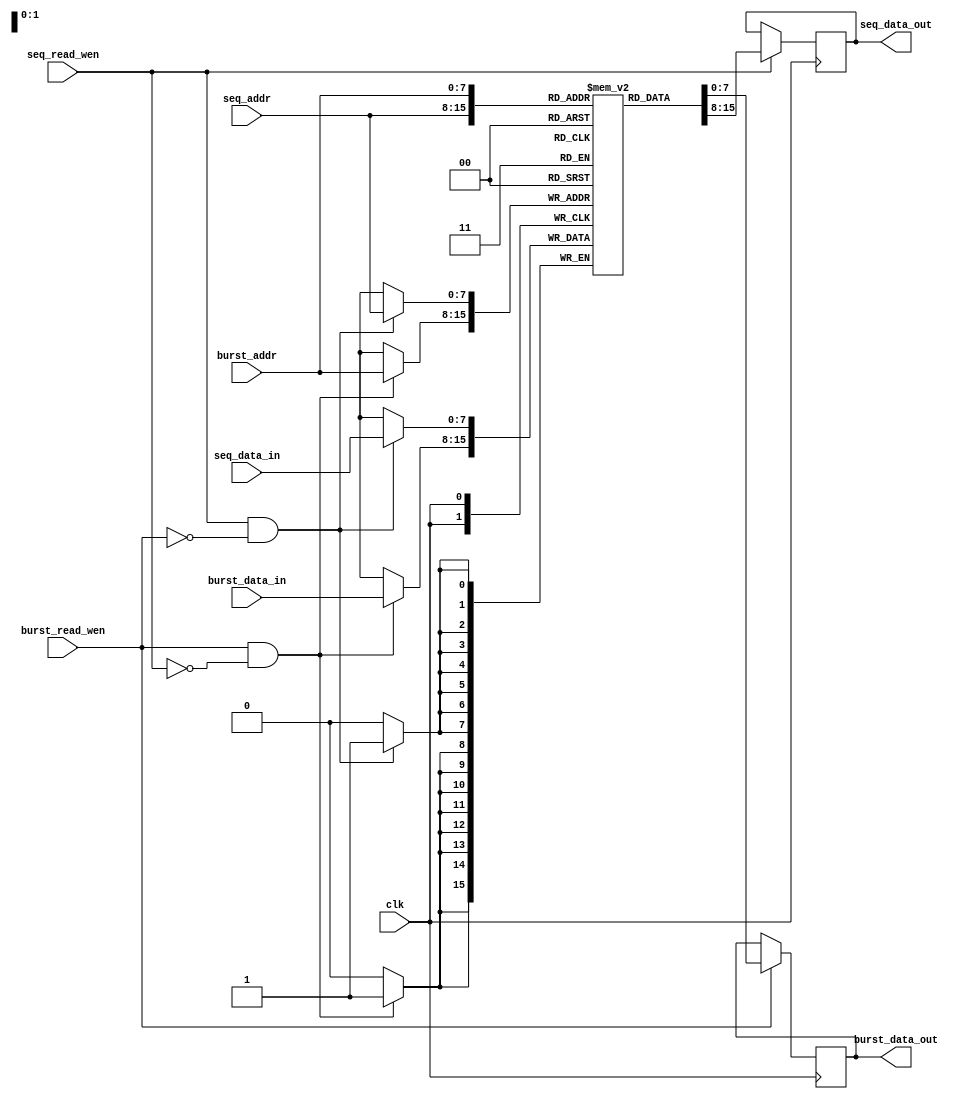
module dual_port_ram (
  input wire clk,
  
  // Sequential port
  input wire seq_read_wen,
  input wire [7:0] seq_addr,
  input wire [7:0] seq_data_in,
  output reg [7:0] seq_data_out,

  // Burst port
  input wire burst_read_wen,
  input wire [7:0] burst_addr,
  input wire [7:0] burst_data_in,
  output reg [7:0] burst_data_out
);

reg [7:0] mem [0:255];

always @(posedge clk) begin
  if (seq_read_wen) begin
    seq_data_out <= mem[seq_addr];
  end

  if (burst_read_wen) begin
    burst_data_out <= mem[burst_addr];
  end
  
  if (seq_read_wen && !burst_read_wen) begin
    mem[seq_addr] <= seq_data_in;
  end

  if (burst_read_wen && !seq_read_wen) begin
    mem[burst_addr] <= burst_data_in;
  end
end

endmodule